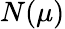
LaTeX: N(\mu)